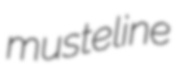
musteline